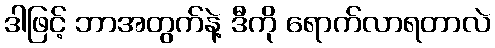
ဒါဖြင့် ဘာအတွက်နဲ့ ဒီကို ရောက်လာရတာလဲ